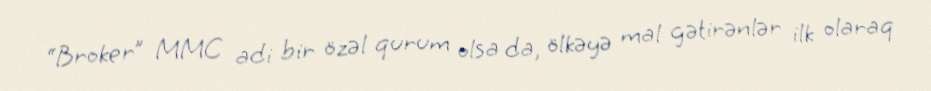
“Broker” MMC adi bir özəl qurum olsa da, ölkəyə mal gətirənlər ilk olaraq